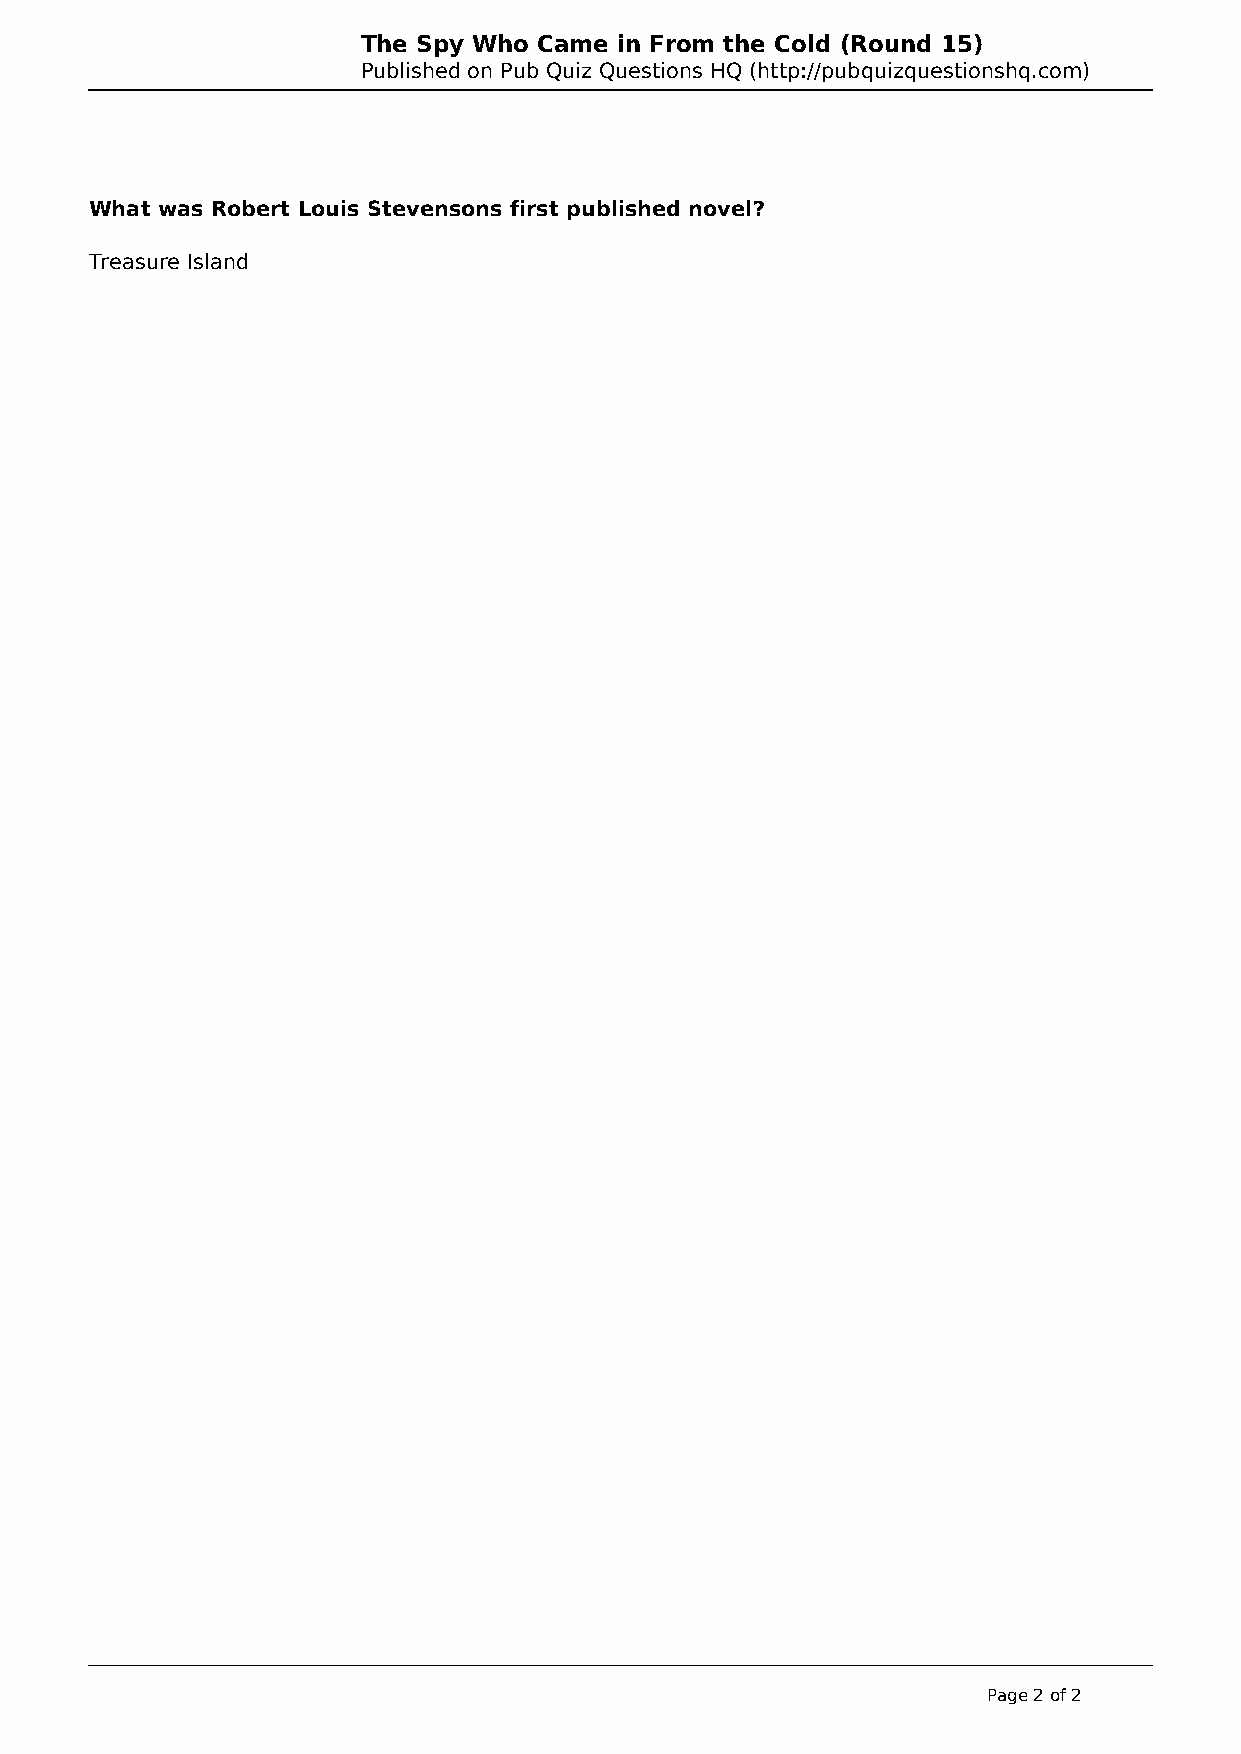
The Spy Who Came in From the Cold (Round 15)
 Published on Pub Quiz Questions HQ (http://pubquizquestionshq.com)
 What was Robert Louis Stevensons first published novel?
 Treasure Island
 Page 2 of 2